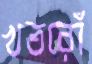
খতরোঁ